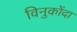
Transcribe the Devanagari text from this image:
विनुकोंदा